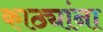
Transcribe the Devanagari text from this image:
काठ्यांना